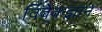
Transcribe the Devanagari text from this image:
विवेकज्ञान